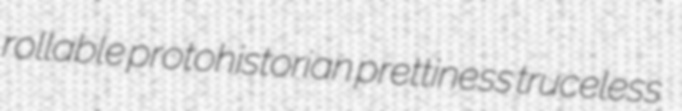
rollable protohistorian prettiness truceless